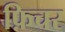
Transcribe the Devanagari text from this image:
फ़िचर